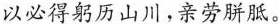
以必得躬历山川，亲劳胼胝。